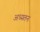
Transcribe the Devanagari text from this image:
अध्यतन